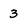
Character: 3